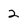
Character: 2